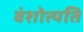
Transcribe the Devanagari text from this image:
वंशोत्पति